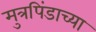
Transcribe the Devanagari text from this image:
मुत्रपिंडाच्या